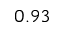
0 . 9 3